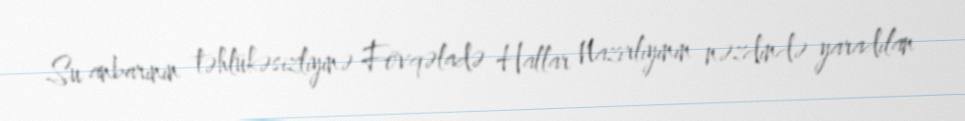
Su anbarının təhlükəsizliyinə Fövqəladə Hallar Nazirliyinin nəzdində yaradılan